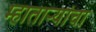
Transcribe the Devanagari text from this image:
म्हाताऱ्यांचा